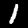
Digit: 1